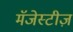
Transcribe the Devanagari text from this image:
मॅजेस्टीज़